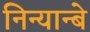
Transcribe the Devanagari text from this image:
निन्यान्बे